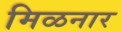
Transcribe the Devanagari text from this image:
मिळनार